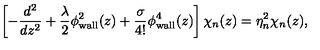
\left[ - \frac { d ^ { 2 } } { d z ^ { 2 } } + \frac { \lambda } { 2 } \phi _ { \mathrm { w a l l } } ^ { 2 } ( z ) + \frac { \sigma } { 4 ! } \phi _ { \mathrm { w a l l } } ^ { 4 } ( z ) \right] \chi _ { n } ( z ) = \eta _ { n } ^ { 2 } \chi _ { n } ( z ) ,